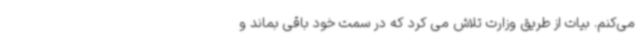
می‌کنم. بیات از طریق وزارت تلاش می کرد که در سمت خود باقی بماند و